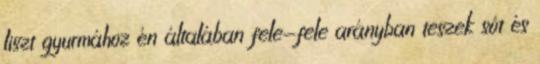
liszt gyurmához én általában fele-fele arányban teszek sót és